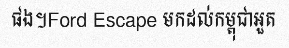
ផង។Ford Escape មកដល់កម្ពុជាអួត